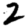
Digit: 2